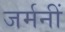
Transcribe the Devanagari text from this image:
जर्मनीं